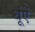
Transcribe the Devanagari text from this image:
धूंऐं